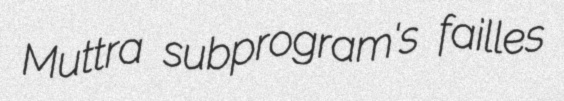
Muttra subprogram's failles